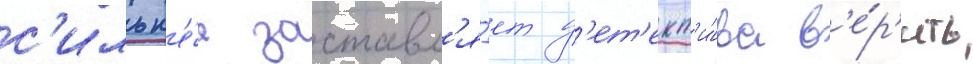
с'ильн'е́е заставл'я́ет д'ет'ект'и́ва в'е́р'ить